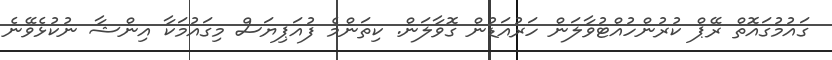
ގައުމުގައޮތް ރޭޕް ކުރުންހުއްޓުވާލަން ހަރުއަޑުން ގޮވާލަން. ކިތަންމެ ފުއަޕިޔަސް މިގައުމަކާ އިންޝާ ނުކުޅެވޭނެ